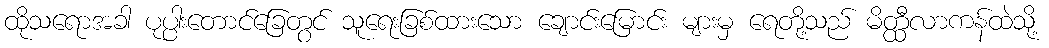
ထိုသရောအခါ ပုပ္ပါးတောင်ခြေတွင် သူရေးခြစ်ထားသော ချောင်းမြောင်း များမှ ရေတို့သည် မိတ္ထီလာကန်ထဲသို့